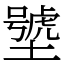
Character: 㙱